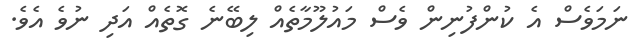
ނަމަވެސް އެ ކުންފުނިން ވެސް މައުލޫމާތެއް ލިބޭނެ ގޮތެއް އަދި ނުވެ އެވެ.